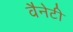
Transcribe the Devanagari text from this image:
वैनेटी